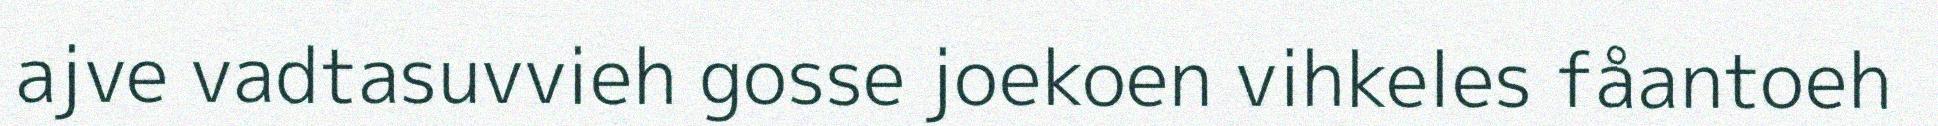
ajve vadtasuvvieh gosse joekoen vihkeles fåantoeh